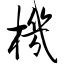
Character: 机